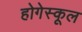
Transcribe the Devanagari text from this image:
होगेस्कूल